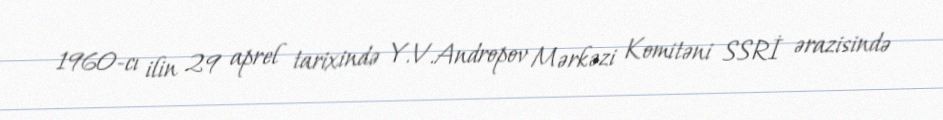
1960-cı ilin 29 aprel tarixində Y.V.Andropov Mərkəzi Komitəni SSRİ ərazisində